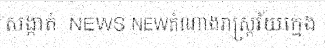
សង្កាត់  NEWS NEWតំណាងរាស្ត្រវ័យក្មេង